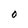
Character: O